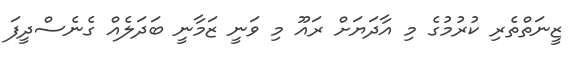
ޒީނަތްތެރި ކުރުމުގެ މި އާދަޔަށް ރައޫ މި ވަނީ ޒަމާނީ ބަދަލެއް ގެނެސްދީފަ